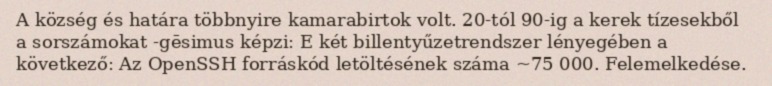
A község és határa többnyire kamarabirtok volt. 20-tól 90-ig a kerek tízesekből a sorszámokat -gēsimus képzi: E két billentyűzetrendszer lényegében a következő: Az OpenSSH forráskód letöltésének száma ~75 000. Felemelkedése.